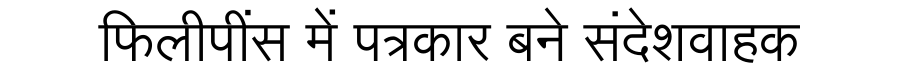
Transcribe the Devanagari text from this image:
फिलीपींस में पत्रकार बने संदेशवाहक